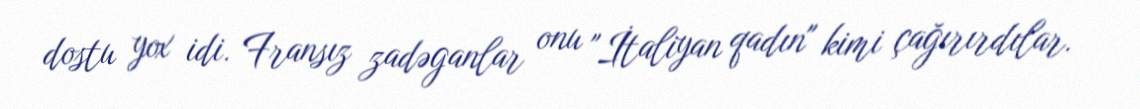
dostu yox idi. Fransız zadəganlar onu "İtaliyan qadın" kimi çağırırdılar.